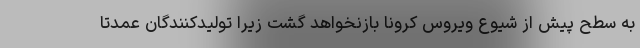
به سطح پیش از شیوع ویروس کرونا بازنخواهد گشت زیرا تولیدکنندگان عمدتا